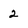
Character: 2